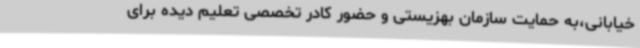
خیابانی،به حمایت سازمان بهزیستی و حضور کادر تخصصی تعلیم دیده برای